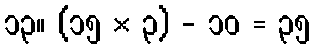
၁၃။ (၁၅ × ၃) - ၁၀ = ၃၅